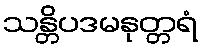
သန္တိပဒမနုတ္တရံ